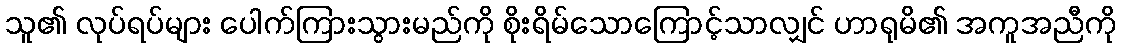
သူ၏ လုပ်ရပ်များ ပေါက်ကြားသွားမည်ကို စိုးရိမ်သောကြောင့်သာလျှင် ဟာရုမိ၏ အကူအညီကို